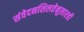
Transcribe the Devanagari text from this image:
संवेदनशिलतेनुसारही